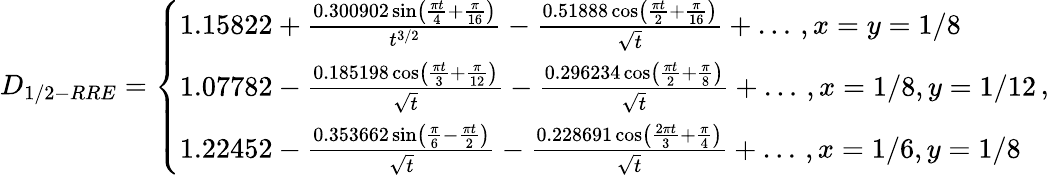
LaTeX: D_{1/2-RRE}=\left\{ \begin{array}{ll}{1.15822+\frac{0.300902\sin\left(\frac{\pi t}{4}+\frac{\pi}{16}\right)}{t^{3/2}}-\frac{0.51888\cos\left(\frac{\pi t}{2}+\frac{\pi}{16}\right)}{\sqrt{t}}+\dots\, ,x=y=1/8}\\ {1.07782-\frac{0.185198\cos\left(\frac{\pi t}{3}+\frac{\pi}{12}\right)}{\sqrt{t}}-\frac{0.296234\cos\left(\frac{\pi t}{2}+\frac{\pi}{8}\right)}{\sqrt{t}}+\dots\, ,x=1/8,y=1/12}\\ {1.22452-\frac{0.353662\sin\left(\frac{\pi}{6}-\frac{\pi t}{2}\right)}{\sqrt{t}}-\frac{0.228691\cos\left(\frac{2\pi t}{3}+\frac{\pi}{4}\right)}{\sqrt{t}}+\dots\, ,x=1/6,y=1/8}\end{array}\right.\, ,